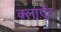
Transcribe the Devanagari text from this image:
क्लाएँट